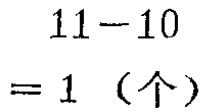
\[
\begin{align*}
&11 - 10\\
=&1 \text{（个）}
\end{align*}
\]